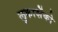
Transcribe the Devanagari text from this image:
लुकाशेंको